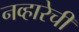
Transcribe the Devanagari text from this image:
नव्हारेची